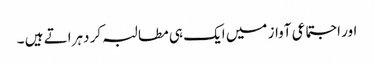
اور اجتماعی آواز میں ایک ہی مطالبہ کر دہراتے ہیں ۔